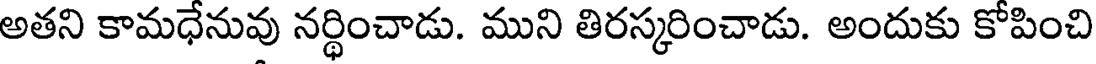
అతని కామధేనువు నర్థించాడు. ముని తిరస్కరించాడు. అందుకు కోపించి